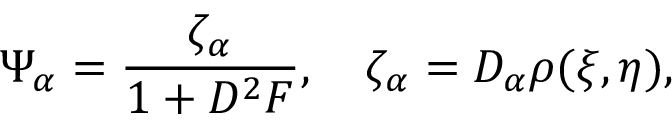
\Psi _ { \alpha } = { \frac { \zeta _ { \alpha } } { 1 + D ^ { 2 } { \cal F } } } , \quad \zeta _ { \alpha } = D _ { \alpha } \rho ( \xi , \eta ) ,